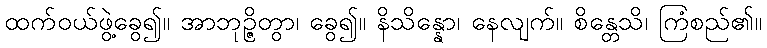
ထက်ဝယ်ဖွဲ့ခွေ၍။ အာဘုဉ္ဇိတွာ၊ ခွေ၍။ နိသိန္နော၊ နေလျက်။ စိန္တေသိ၊ ကြံစည်၏။